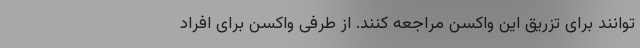
توانند برای تزریق این واکسن مراجعه کنند. از طرفی واکسن برای افراد